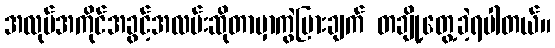
အလုပ်အကိုင်အခွင့်အလမ်းဆိုတာမှာကွဲပြားချက် တချို့တွေ့ခဲ့ရပါတယ်။